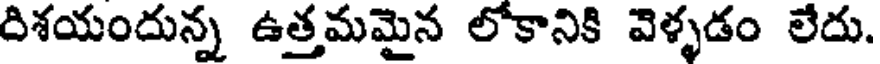
దిశయందున్న ఉత్తమమైన లోకానికి వెళ్ళడం లేదు.